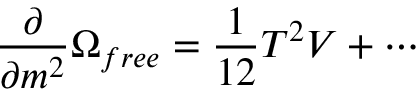
\frac { \partial } { \partial m ^ { 2 } } \Omega _ { f r e e } = \frac { 1 } { 1 2 } T ^ { 2 } V + \cdots